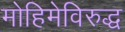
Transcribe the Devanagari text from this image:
मोहिमेविरुद्ध